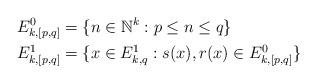
LaTeX: \begin{align*}&E_{k,[p,q]}^0 = \{ n \in \mathbb{N}^k : p \le n \le q\} \\&E_{k,[p,q]}^1 = \{ x \in E_{k,q}^1: s(x), r(x) \in E_{k,[p,q]}^0\}\end{align*}